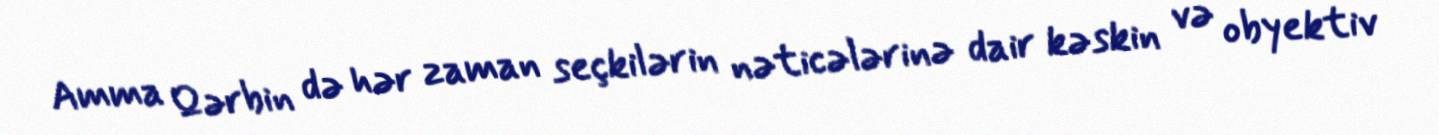
Amma Qərbin də hər zaman seçkilərin nəticələrinə dair kəskin və obyektiv